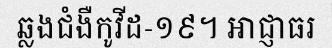
ឆ្លងជំងឺកូវីដ-១៩។ អាជ្ញាធរ